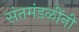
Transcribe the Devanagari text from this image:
संतमंडळींनी